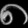
Digit: ၈